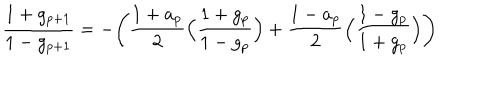
\frac { 1 + g _ { p + 1 } } { 1 - g _ { p + 1 } } = - \Biggl ( \frac { 1 + a _ { p } } { 2 } \Bigl ( \frac { 1 + g _ { p } } { 1 - g _ { p } } \Bigr ) + \frac { 1 - a _ { p } } { 2 } \Bigl ( \frac { 1 - g _ { p } } { 1 + g _ { p } } \Bigr ) \Biggr )